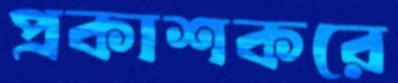
প্রকাশকরে